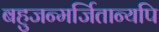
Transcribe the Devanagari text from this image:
बहुजन्मर्जितान्यपि